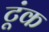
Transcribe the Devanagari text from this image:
टूंक